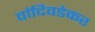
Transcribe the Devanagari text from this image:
वांदिवडेकर